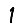
Digit: 1